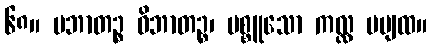
၆၈။ ပဘာတဉ္စ ဝိဘာတဉ္စ၊ ပစ္စူသော ကလ္လ မပျထ။